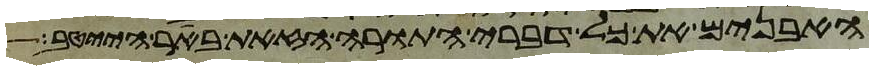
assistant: האבנים את כל דברי התורה הזאת באר הייטב